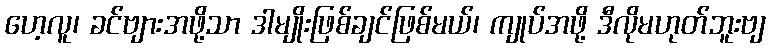
ဟေ့လူ၊ ခင်ဗျားအဖို့သာ ဒါမျိုးဖြစ်ချင်ဖြစ်မယ်၊ ကျုပ်အဖို့ ဒီလိုမဟုတ်ဘူးဗျ